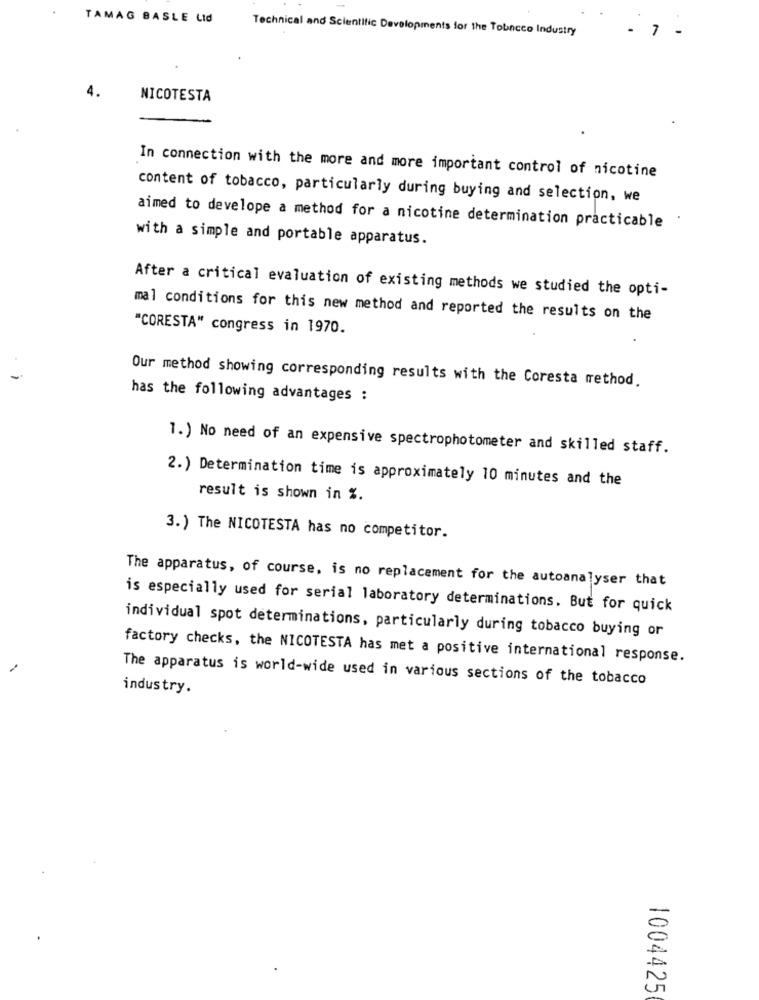
TAMAG BASLE Lid
Technical and Scientific Developments for the Tobacco Industry
7
4.
NICOTESTA
In connection with the more and more important control of nicotine
content of tobacco, particularly during buying and selection, we
aimed to develope a method for a nicotine determination practicable
with a simple and portable apparatus.
After a critical evaluation of existing methods we studied the opti-
mal conditions for this new method and reported the results on the
"CORESTA" congress in 1970.
Our method showing corresponding results with the Coresta method.
has the following advantages :
1.) No need of an expensive spectrophotometer and skilled staff.
2.) Determination time is approximately 10 minutes and the
result is shown in %.
3. ) The NICOTESTA has no competitor.
The apparatus, of course. is no replacement for the autoanalyser that
is especially used for serial laboratory determinations. But for quick
individual spot determinations, particularly during tobacco buying or
factory checks, the NICOTESTA has met a positive international response.
-
The apparatus is world-wide used in various sections of the tobacco
industry.
1004425